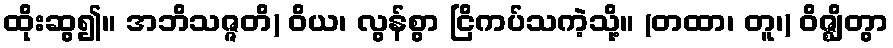
ထိုးဆွ၍။ အဘိသဇ္ဇတိ) ဝိယ၊ လွန်စွာ ငြိကပ်သကဲ့သို့။ (တထာ၊ တူ၊) ဝိဇ္ဈိတွာ